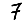
Digit: 7